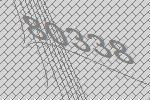
80338